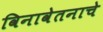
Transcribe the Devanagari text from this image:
विनावेतनाचे